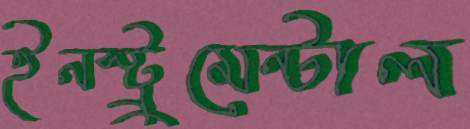
ইনস্ট্রুমেন্টাল